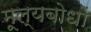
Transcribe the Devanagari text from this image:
मूल्यबोधों